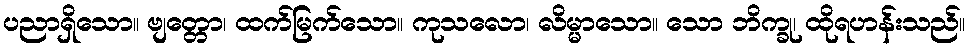
ပညာရှိသော။ ဗျတ္တော၊ ထက်မြက်သော။ ကုသလော၊ လိမ္မာသော။ သော ဘိက္ခု၊ ထိုရဟန်းသည်။